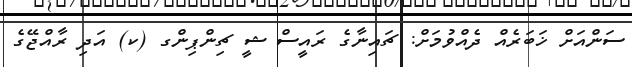
ސަންއަށް ޚަބަރެއް ދެއްވުމަށް: ޗައިނާގެ ރައީސް ޝީ ޗިންޕިންގ (ކ) އަދި ރާއްޖޭގެ